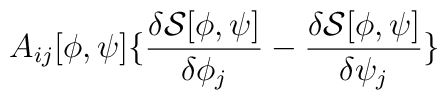
A_{ij}[\phi ,\psi ]\{\frac{\delta {\mathcal{S}}[\phi ,\psi ]}{\delta \phi _{j}}-\frac{\delta {\mathcal{S}}[\phi ,\psi ]}{\delta \psi _{j}}\}